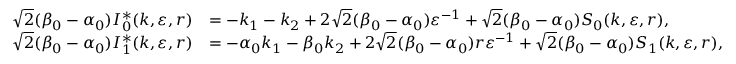
\begin{array} { r l } { \sqrt 2 ( \beta _ { 0 } - \alpha _ { 0 } ) I _ { 0 } ^ { * } ( k , \varepsilon , r ) } & { = - k _ { 1 } - k _ { 2 } + 2 \sqrt 2 ( \beta _ { 0 } - \alpha _ { 0 } ) \varepsilon ^ { - 1 } + \sqrt 2 ( \beta _ { 0 } - \alpha _ { 0 } ) S _ { 0 } ( k , \varepsilon , r ) , } \\ { \sqrt 2 ( \beta _ { 0 } - \alpha _ { 0 } ) I _ { 1 } ^ { * } ( k , \varepsilon , r ) } & { = - \alpha _ { 0 } k _ { 1 } - \beta _ { 0 } k _ { 2 } + 2 \sqrt 2 ( \beta _ { 0 } - \alpha _ { 0 } ) r \varepsilon ^ { - 1 } + \sqrt 2 ( \beta _ { 0 } - \alpha _ { 0 } ) S _ { 1 } ( k , \varepsilon , r ) , } \end{array}